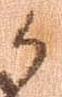
候